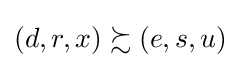
\left(d,r,x\right)\succsim \left(e,s,u\right)